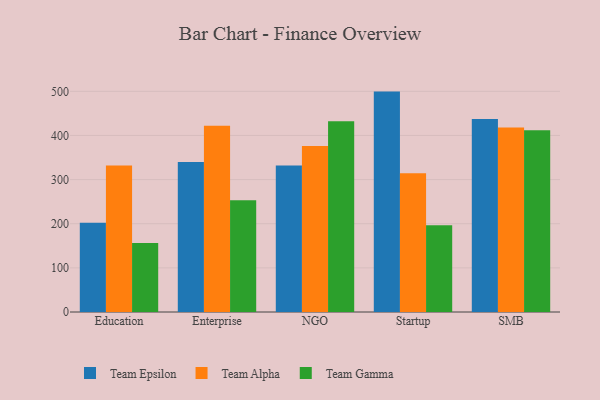
{"axis": {"x": "Segment", "y": "Demand Index"}, "legend": ["Team Alpha", "Team Epsilon", "Team Gamma"], "data": [{"x": "Education", "y": 202.4, "type": "Team Epsilon"}, {"x": "Education", "y": 331.7, "type": "Team Alpha"}, {"x": "Education", "y": 156.4, "type": "Team Gamma"}, {"x": "Enterprise", "y": 340.1, "type": "Team Epsilon"}, {"x": "Enterprise", "y": 422.2, "type": "Team Alpha"}, {"x": "Enterprise", "y": 253.4, "type": "Team Gamma"}, {"x": "NGO", "y": 331.7, "type": "Team Epsilon"}, {"x": "NGO", "y": 376.1, "type": "Team Alpha"}, {"x": "NGO", "y": 432.1, "type": "Team Gamma"}, {"x": "Startup", "y": 499.4, "type": "Team Epsilon"}, {"x": "Startup", "y": 314.4, "type": "Team Alpha"}, {"x": "Startup", "y": 196.8, "type": "Team Gamma"}, {"x": "SMB", "y": 437.3, "type": "Team Epsilon"}, {"x": "SMB", "y": 418.1, "type": "Team Alpha"}, {"x": "SMB", "y": 412.0, "type": "Team Gamma"}]}